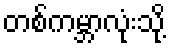
တစ်ကမ္ဘာလုံးသို့